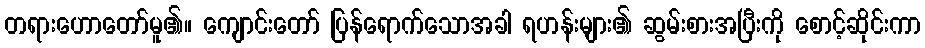
တရားဟောတော်မူ၏။ ကျောင်းတော် ပြန်ရောက်သောအခါ ရဟန်းများ၏ ဆွမ်းစားအပြီးကို စောင့်ဆိုင်းကာ